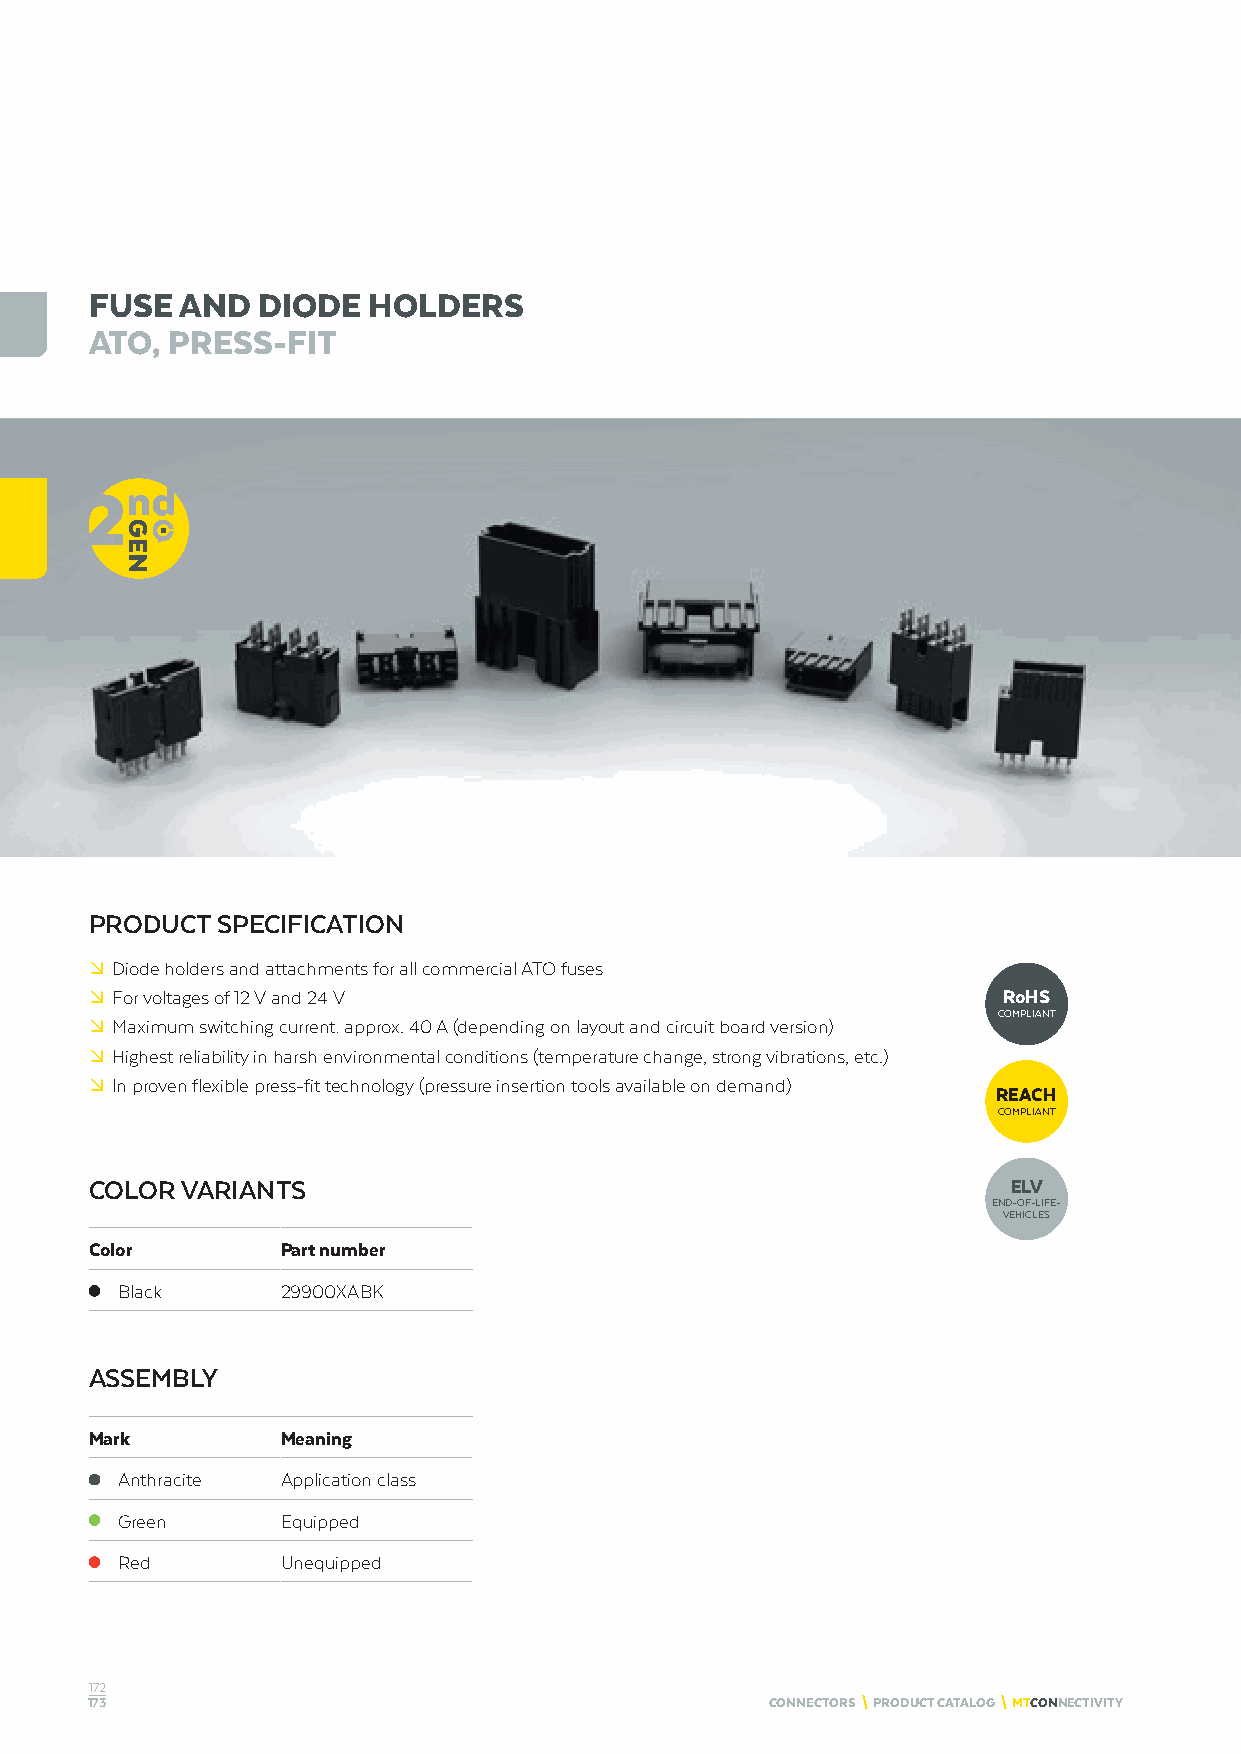
FUSE  AND  DIODE  HOLDERS
 ATO, PRESS-FIT
 PRODUCT SPECIFICATION
 º Diode holders and attachments for all commercial ATO fuses
 º For voltages of 12 V and 24 V                             RoHS
 COMPLIANT
 º Maximum switching current: approx. 40 A (depending on layout and circuit board version)
 º Highest reliability in harsh environmental conditions (temperature change, strong vibrations, etc.)
 º In proven flexible press-fit technology (pressure insertion tools available on demand)
 REACH
 COMPLIANT
 COLOR VARIANTS                                               ELV
 END-OF-LIFE-
 VEHICLES
 Color        Part number
 Black      29900XABK
 ASSEMBLY
 Mark         Meaning
 Anthracite Application class
 Green      Equipped
 Red        Unequipped
 172
 173                                          CONNECTORS \ PRODUCT CATALOG \ MTCONNECTIVITY